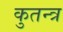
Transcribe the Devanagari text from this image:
कुतन्त्र